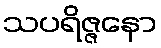
သပရိဇ္ဇနော